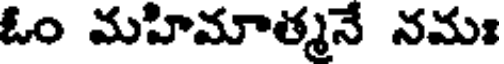
ఓం మహిమాత్మనే నమః